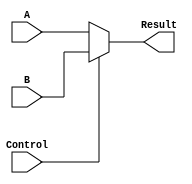
// 
// @param A 1
// @param B 2
// @param Control 
// @param Result 
module DataSelector_2to1(A, B, Control, Result);
  input [31:0] A, B;
  input Control;
  output [31:0] Result;
  assign Result = (Control == 1'b0 ? A : B);
endmodule